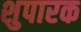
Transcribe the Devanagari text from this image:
शुपारक